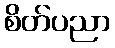
စိတ်ပညာ